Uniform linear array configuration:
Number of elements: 48
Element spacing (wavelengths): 0.25
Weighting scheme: kaiser
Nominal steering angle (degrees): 0
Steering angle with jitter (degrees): -0.04614
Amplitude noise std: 0.05
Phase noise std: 0.05

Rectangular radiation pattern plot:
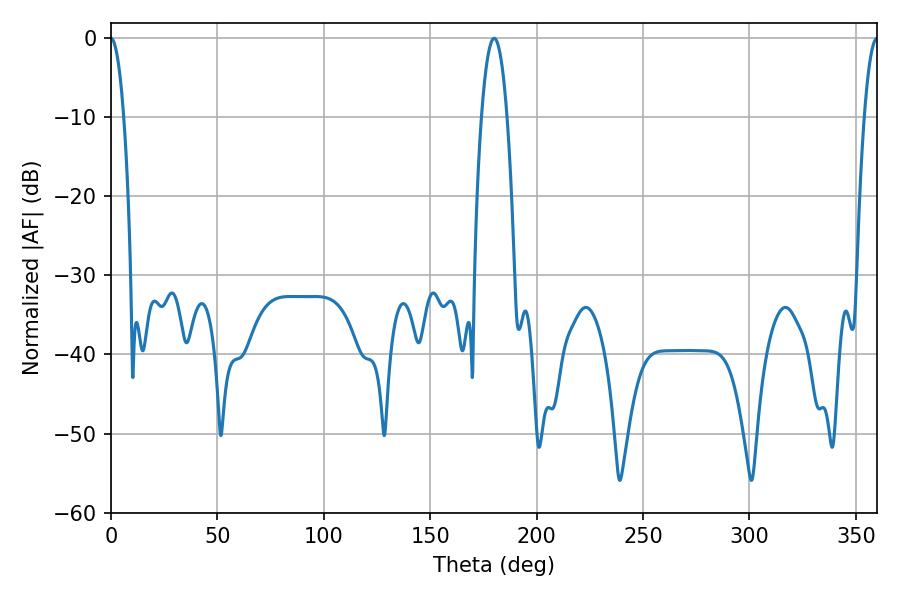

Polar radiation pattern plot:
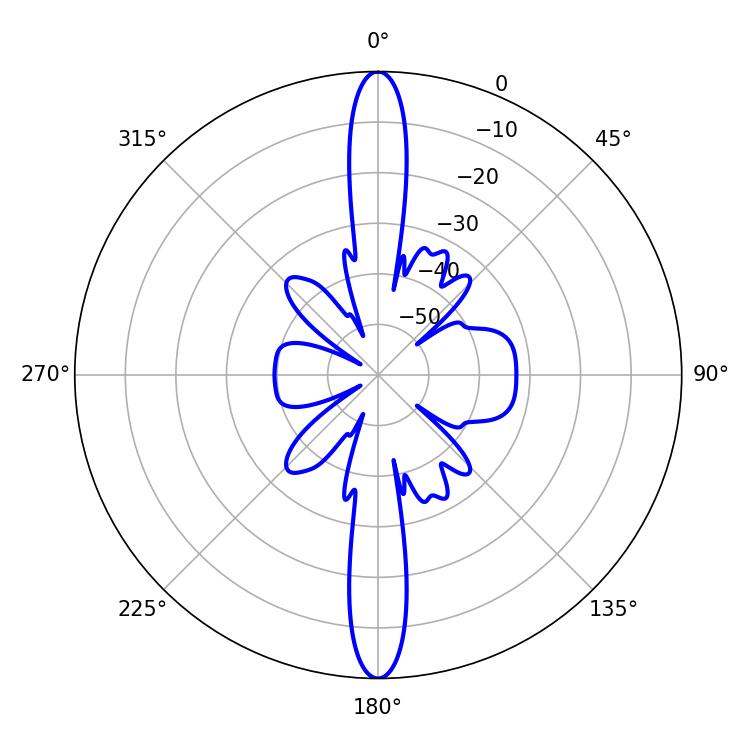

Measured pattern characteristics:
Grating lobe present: FALSE
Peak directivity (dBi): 41.275
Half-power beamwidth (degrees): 3.24
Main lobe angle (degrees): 0